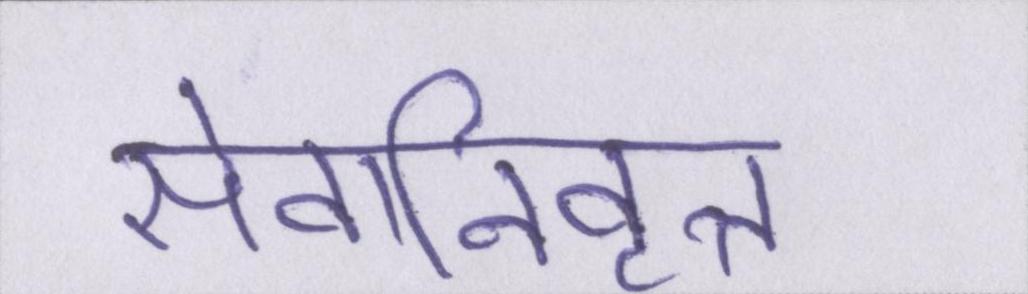
सेवानिवृत्त